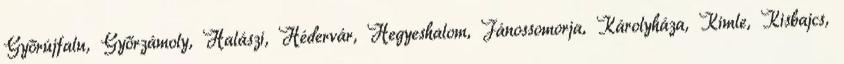
Győrújfalu, Győrzámoly, Halászi, Hédervár, Hegyeshalom, Jánossomorja, Károlyháza, Kimle, Kisbajcs,